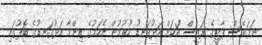
ނަމަވެސް ޕާޓީގެ ރައީސް އަކަށް އަޅުގަނޑު ހުރުމުން އެކަމުގެ ޒިންމާ އަޅުގަނޑުގެ ބޮލުގައި